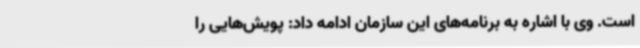
است. وی با اشاره به برنامه‌های این سازمان ادامه داد: پویش‌هایی را